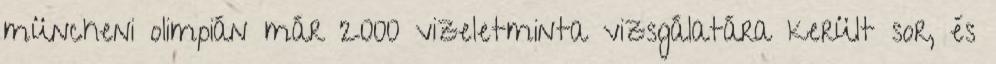
müncheni olimpián már 2000 vizeletminta vizsgálatára került sor, és